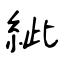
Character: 紪